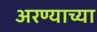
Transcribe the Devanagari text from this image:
अरण्याच्या